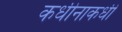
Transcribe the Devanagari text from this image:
कधीनाकधी